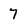
Character: 7